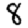
Digit: 8